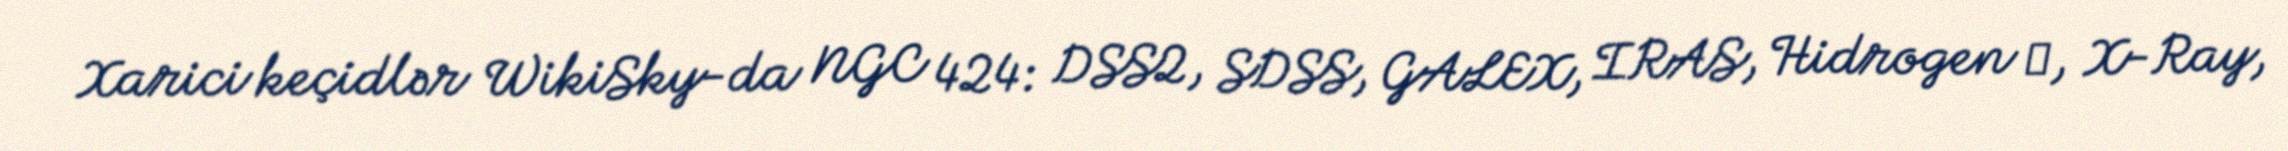
Xarici keçidlər WikiSky-da NGC 424: DSS2, SDSS, GALEX, IRAS, Hidrogen α, X-Ray,